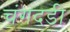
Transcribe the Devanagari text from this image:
चंगदडी